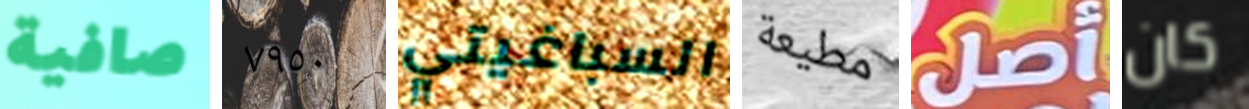
صافية ٧٩٥٠ السباغيتي مطيعة أصل كان